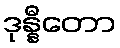
ဒုန္နီတော